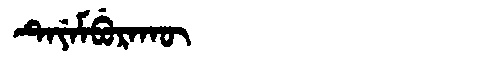
Manchu: ᡨᡝᠶᡝᠮᠪᡠᡵᠠᡴᡡ
Romanization: TEYEMBURAKŪ